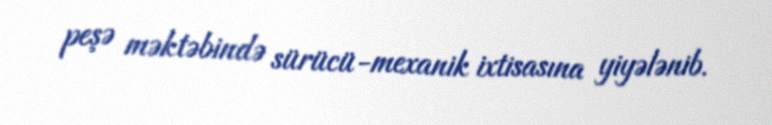
peşə məktəbində sürücü-mexanik ixtisasına yiyələnib.